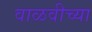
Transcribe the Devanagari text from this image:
वाळवीच्या